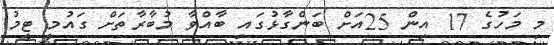
މި މަހުގެ 17 އިން 25އަށް ބަންގާޅުގައި ބާއްވާ މުބާރާތަށް ގައުމީ ޓީމު